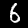
Label: 6